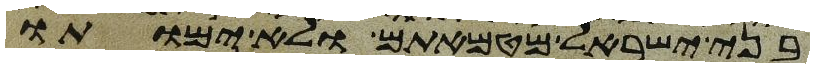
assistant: בני ישראל מטמאתם ולא ימותו